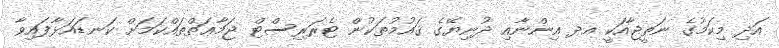
އަދި މިކަމުގެ ނަތީޖާއަކީ އދ އިންނާއި ދުނިޔޭގެ ޤައުމުތަކުން ޓެރަރިސްޓް ޖަމާޢަތްތައްކަމަށް ކަނޑައަޅާފައިވާ